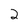
Character: 2